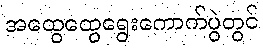
အထွေထွေရွေးကောက်ပွဲတွင်